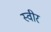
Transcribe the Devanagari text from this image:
स्वीर